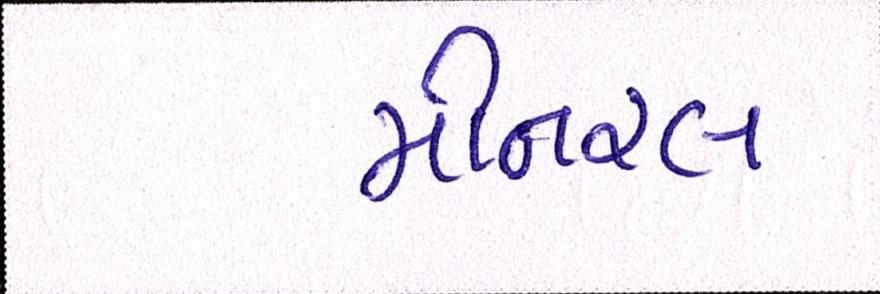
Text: મીનરલ